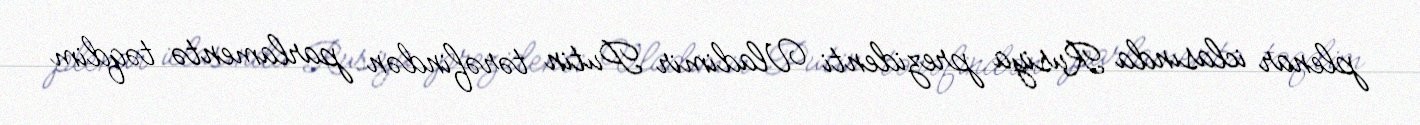
plenar iclasında Rusiya prezidenti Vladimir Putin tərəfindən parlamentə təqdim